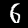
Digit: 6